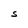
Character: S